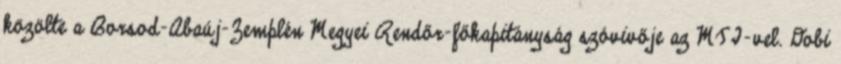
közölte a Borsod-Abaúj-Zemplén Megyei Rendőr-főkapitányság szóvivője az MTI-vel. Dobi